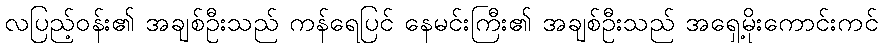
လပြည့်ဝန်း၏ အချစ်ဦးသည် ကန်ရေပြင် နေမင်းကြီး၏ အချစ်ဦးသည် အရှေ့မိုးကောင်းကင်